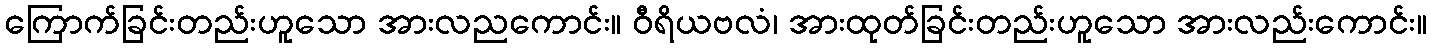
ကြောက်ခြင်းတည်းဟူသော အားလညကောင်း။ ဝီရိယဗလံ၊ အားထုတ်ခြင်းတည်းဟူသော အားလည်းကောင်း။